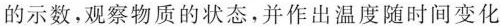
的示数，观察物质的状态，并作出温度随时间变化